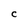
Character: C